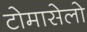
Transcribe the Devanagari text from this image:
टोमासेलो